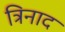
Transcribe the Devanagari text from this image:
त्रिनाद